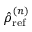
\hat { \rho } _ { \mathrm { r e f } } ^ { ( n ) }